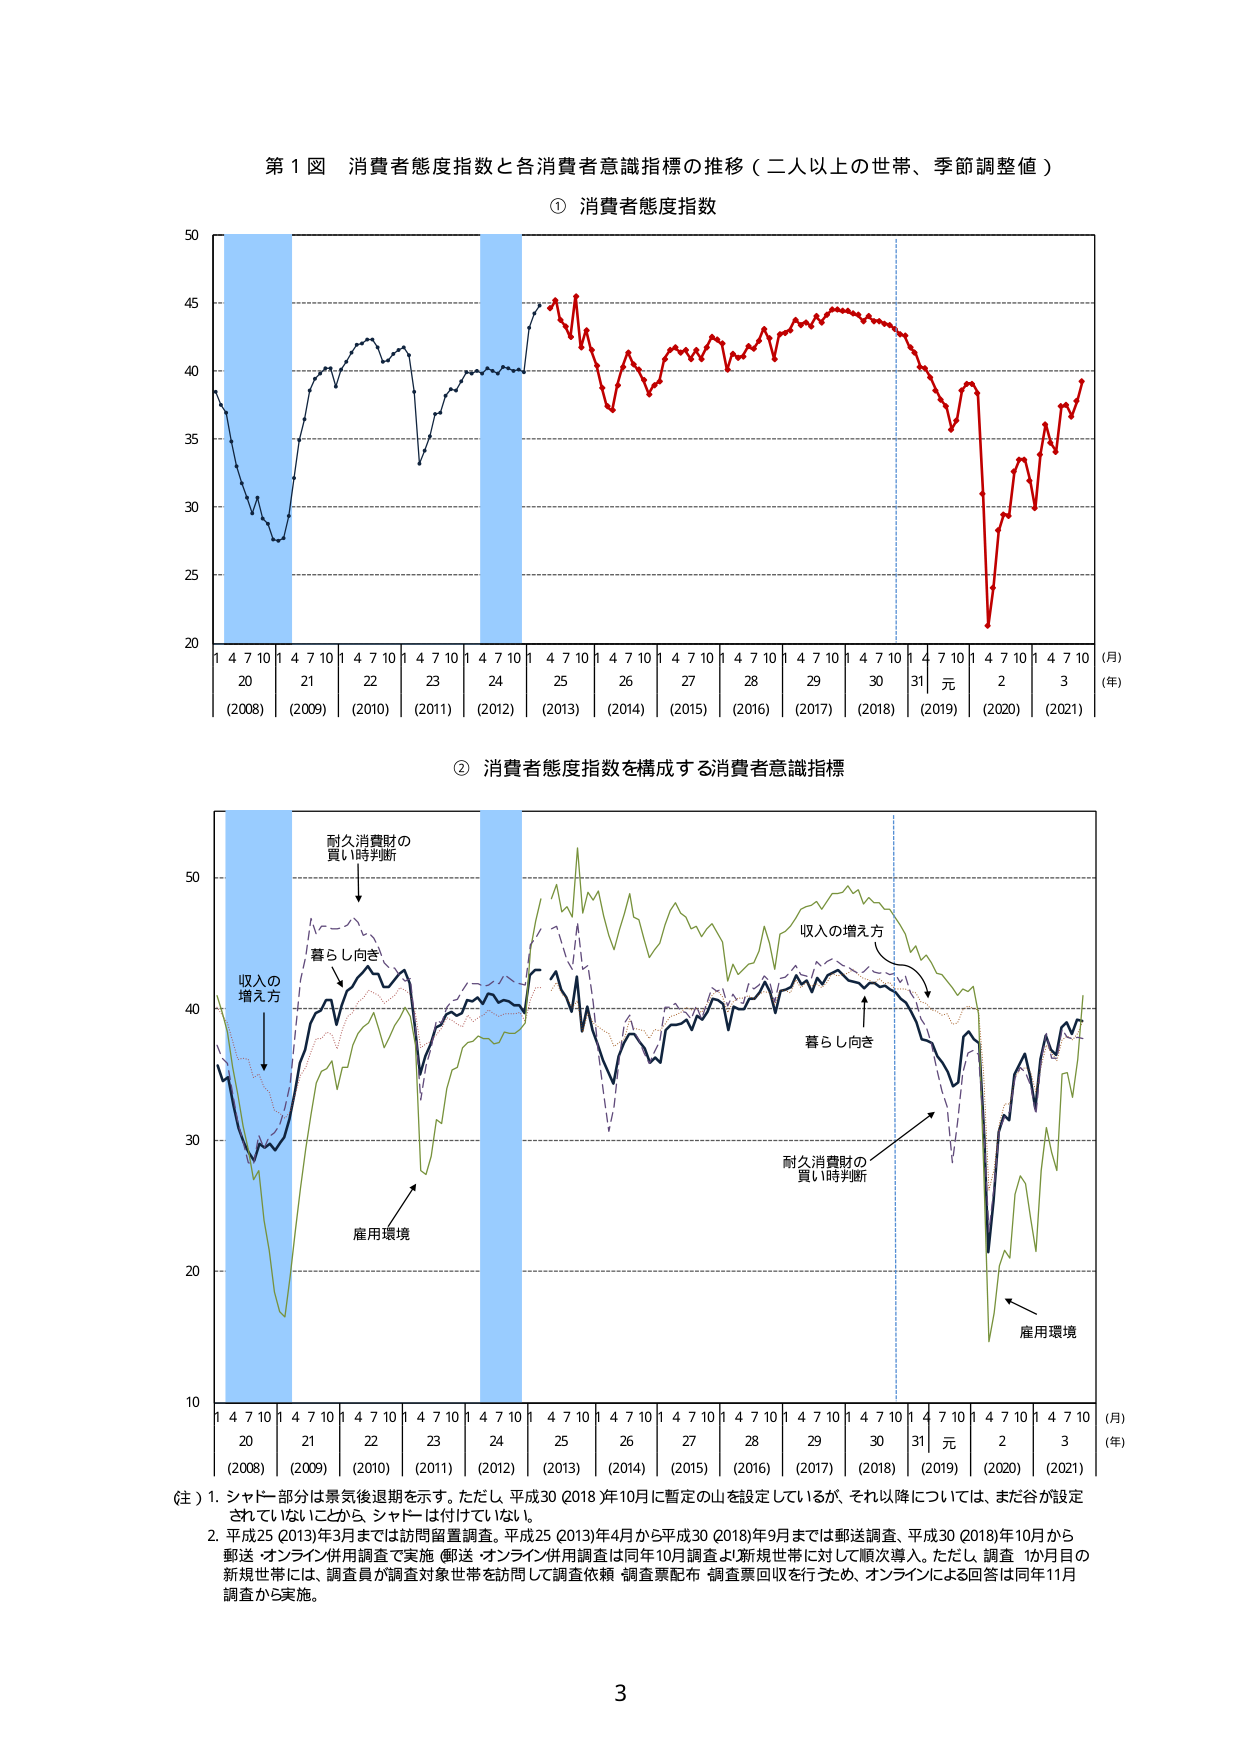
第１図 消費者態度指数と各消費者意識指標の推移（二人以上の世帯、季節調整値）

① 消費者態度指数

50
45
40
35
30
25
20

1 4 7 10 1 4 7 10 1 4 7 10 1 4 7 10 1 4 7 10 1 4 7 10 1 4 7 10 1 4 7 10 1 4 7 10 1 4 7 10 1 4 7 10 1 4 7 10
20 21 22 23 24 25 26 27 28 29 30 31 元 2 3
(2008) (2009) (2010) (2011) (2012) (2013) (2014) (2015) (2016) (2017) (2018) (2019) (2020) (2021)
(月)
(年)

② 消費者態度指数を構成する消費者意識指標

50
40
30
20
10

1 4 7 10 1 4 7 10 1 4 7 10 1 4 7 10 1 4 7 10 1 4 7 10 1 4 7 10 1 4 7 10 1 4 7 10 1 4 7 10 1 4 7 10 1 4 7 10
20 21 22 23 24 25 26 27 28 29 30 31 元 2 3
(2008) (2009) (2010) (2011) (2012) (2013) (2014) (2015) (2016) (2017) (2018) (2019) (2020) (2021)
(月)
(年)

（注）1. シャドー部分は景気後退期を示す。ただし、平成30（2018）年10月に暫定の山を設定しているが、それ以降については、まだ谷が設定されていないことから、シャドーは付けていない。
2. 平成25（2013）年3月までは訪問留置調査。平成25（2013）年4月から平成30（2018）年9月までは郵送調査、平成30（2018）年10月から郵送・オンライン併用調査で実施（郵送・オンライン併用調査は同年10月調査より新規世帯に対して順次導入。ただし、調査1か月目の新規世帯には、調査員が調査対象世帯を訪問して調査依頼・調査票配布・調査票回収を行うため、オンラインによる回答は同年11月調査から実施。

3